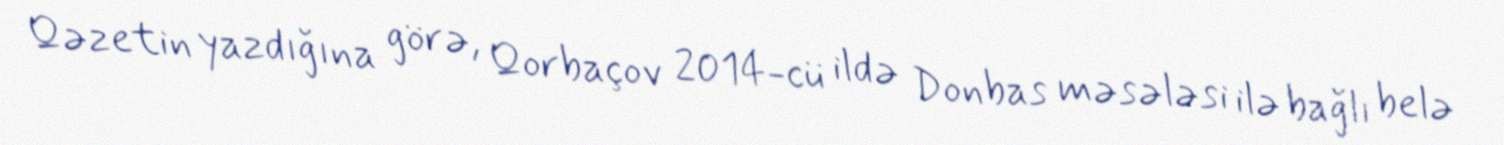
Qəzetin yazdığına görə, Qorbaçov 2014-cü ildə Donbas məsələsi ilə bağlı belə